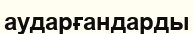
аударғандарды